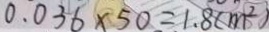
0 . 0 3 6 \times 5 0 = 1 . 8 ( m ^ { 2 } )